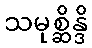
သမုစ္ဆိန္ဒိ